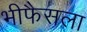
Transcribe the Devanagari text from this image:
भीफैसला